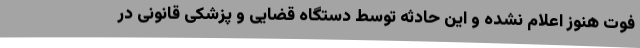
فوت هنوز اعلام نشده و این حادثه توسط دستگاه قضایی و پزشکی قانونی در